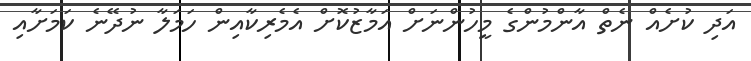
އަދި ކުށެއް ނެތް އާންމުންގެ މީހުންނަށް އަމާޒުކޮށް އެމެރިކާއިން ހަމަލާ ނުދޭނެ ކަމަށާއި